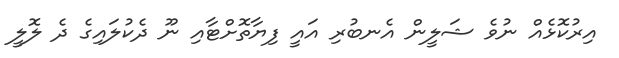
އިރުކޮޅެއް ނުވެ ޝަލީން އެނބުރި އައީ ފިޔާތޮށްޓާއި ނޫ ދެކުލައިގެ ދެ ލޮލީ